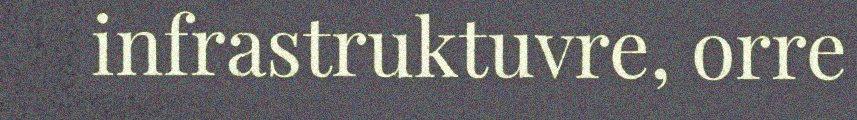
infrastruktuvre, orre